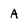
Character: A